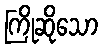
ကြိုဆိုသော